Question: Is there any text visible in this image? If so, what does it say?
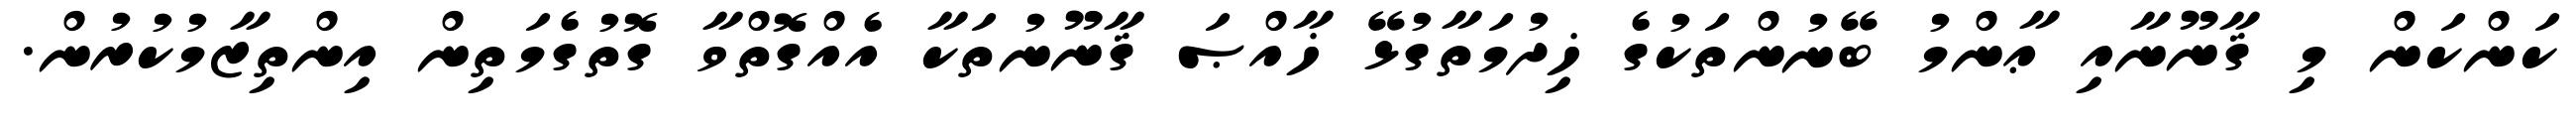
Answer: ކަންކަން މި ޤާނޫނާއި ޢާންމު ބޭނުންތަކުގެ ޚިދުމަތާގުޅޭ ޚާއްޞަ ޤާނޫނުތަކާ އެއްގޮތްވާ ގޮތުގެމަތިން އިންތިޒާމުކުރުން.